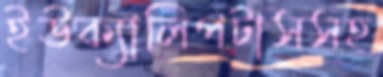
ইউক্যালিপটাসসহ